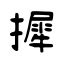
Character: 摨